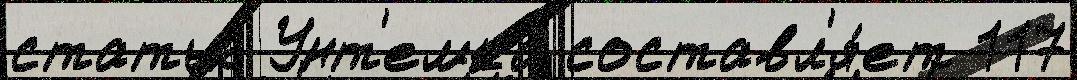
статью Унт'емка составл'я́ет 117